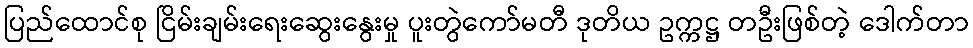
ပြည်ထောင်စု ငြိမ်းချမ်းရေးဆွေးနွေးမှု ပူးတွဲကော်မတီ ဒုတိယ ဥက္ကဋ္ဌ တဦးဖြစ်တဲ့ ဒေါက်တာ